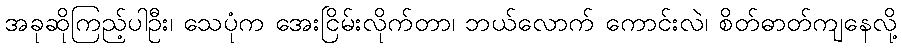
အခုဆိုကြည့်ပါဦး၊ သေပုံက အေးငြိမ်းလိုက်တာ၊ ဘယ်လောက် ကောင်းလဲ၊ စိတ်ဓာတ်ကျနေလို့